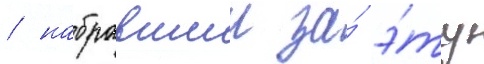
/ набравшии за́ э́ту